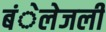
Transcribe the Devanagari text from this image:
बंेलेजली